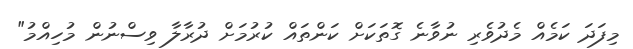
މިފަދަ ކަމެއް މެދުވެރި ނުވާނެ ގޮތަކަށް ކަންތައް ކުރުމަށް ދުރާލާ ވިސްނުން މުހިއްމު"